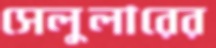
সেলুলারের